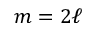
m = 2 \ell